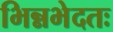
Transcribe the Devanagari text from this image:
भिन्नभेदतः